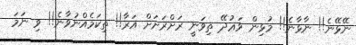
ނޭޅޭނެ!! ނާޅާނެ!! މުޅިން ވަޢުދޭ ތިވަނީ ރަށްރަށަށް އަރާ!! ތިކަމެއްނުވާނެ!! ވި ނަމަ